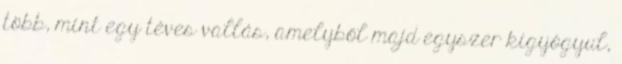
több, mint egy téves vallás, amelyből majd egyszer kigyógyul,